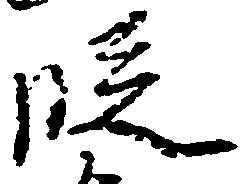
段